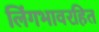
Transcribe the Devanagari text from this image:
लिंगभावरहित